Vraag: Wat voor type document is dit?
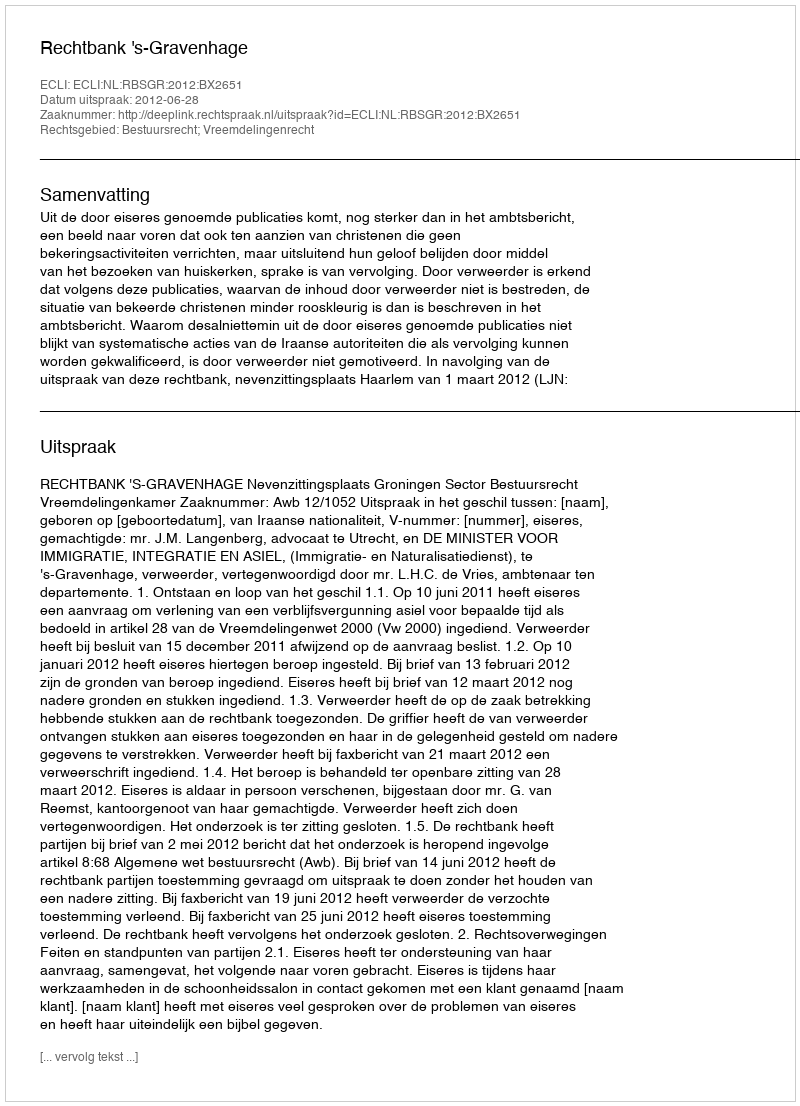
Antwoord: Uitspraak